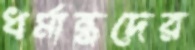
ধর্মান্ধদের